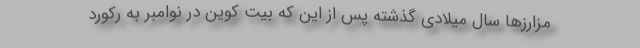
مزارزها سال میلادی گذشته پس از این که بیت کوین در نوامبر به رکورد